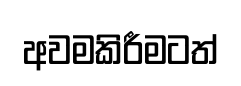
අවමකිරීමටත්